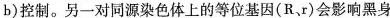
b)控制。另一对同源染色体上的等位基因(R、r)会影响黑身